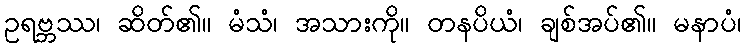
ဥရဗ္ဘဿ၊ ဆိတ်၏။ မံသံ၊ အသားကို။ တနပိယံ၊ ချစ်အပ်၏။ မနာပံ၊